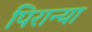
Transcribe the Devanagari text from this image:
पिरान्या